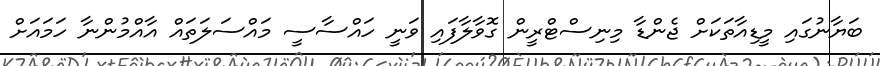
ބަޔާނުގައި މީޑިއާތަކަށް ޖެންޑާ މިނިސްޓްރީން ގޮވާލާފައި ވަނީ ހައްސާސީ މައްސަލަތައް އާއްމުންނާ ހަމައަށް